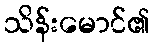
သိန်းမောင်၏